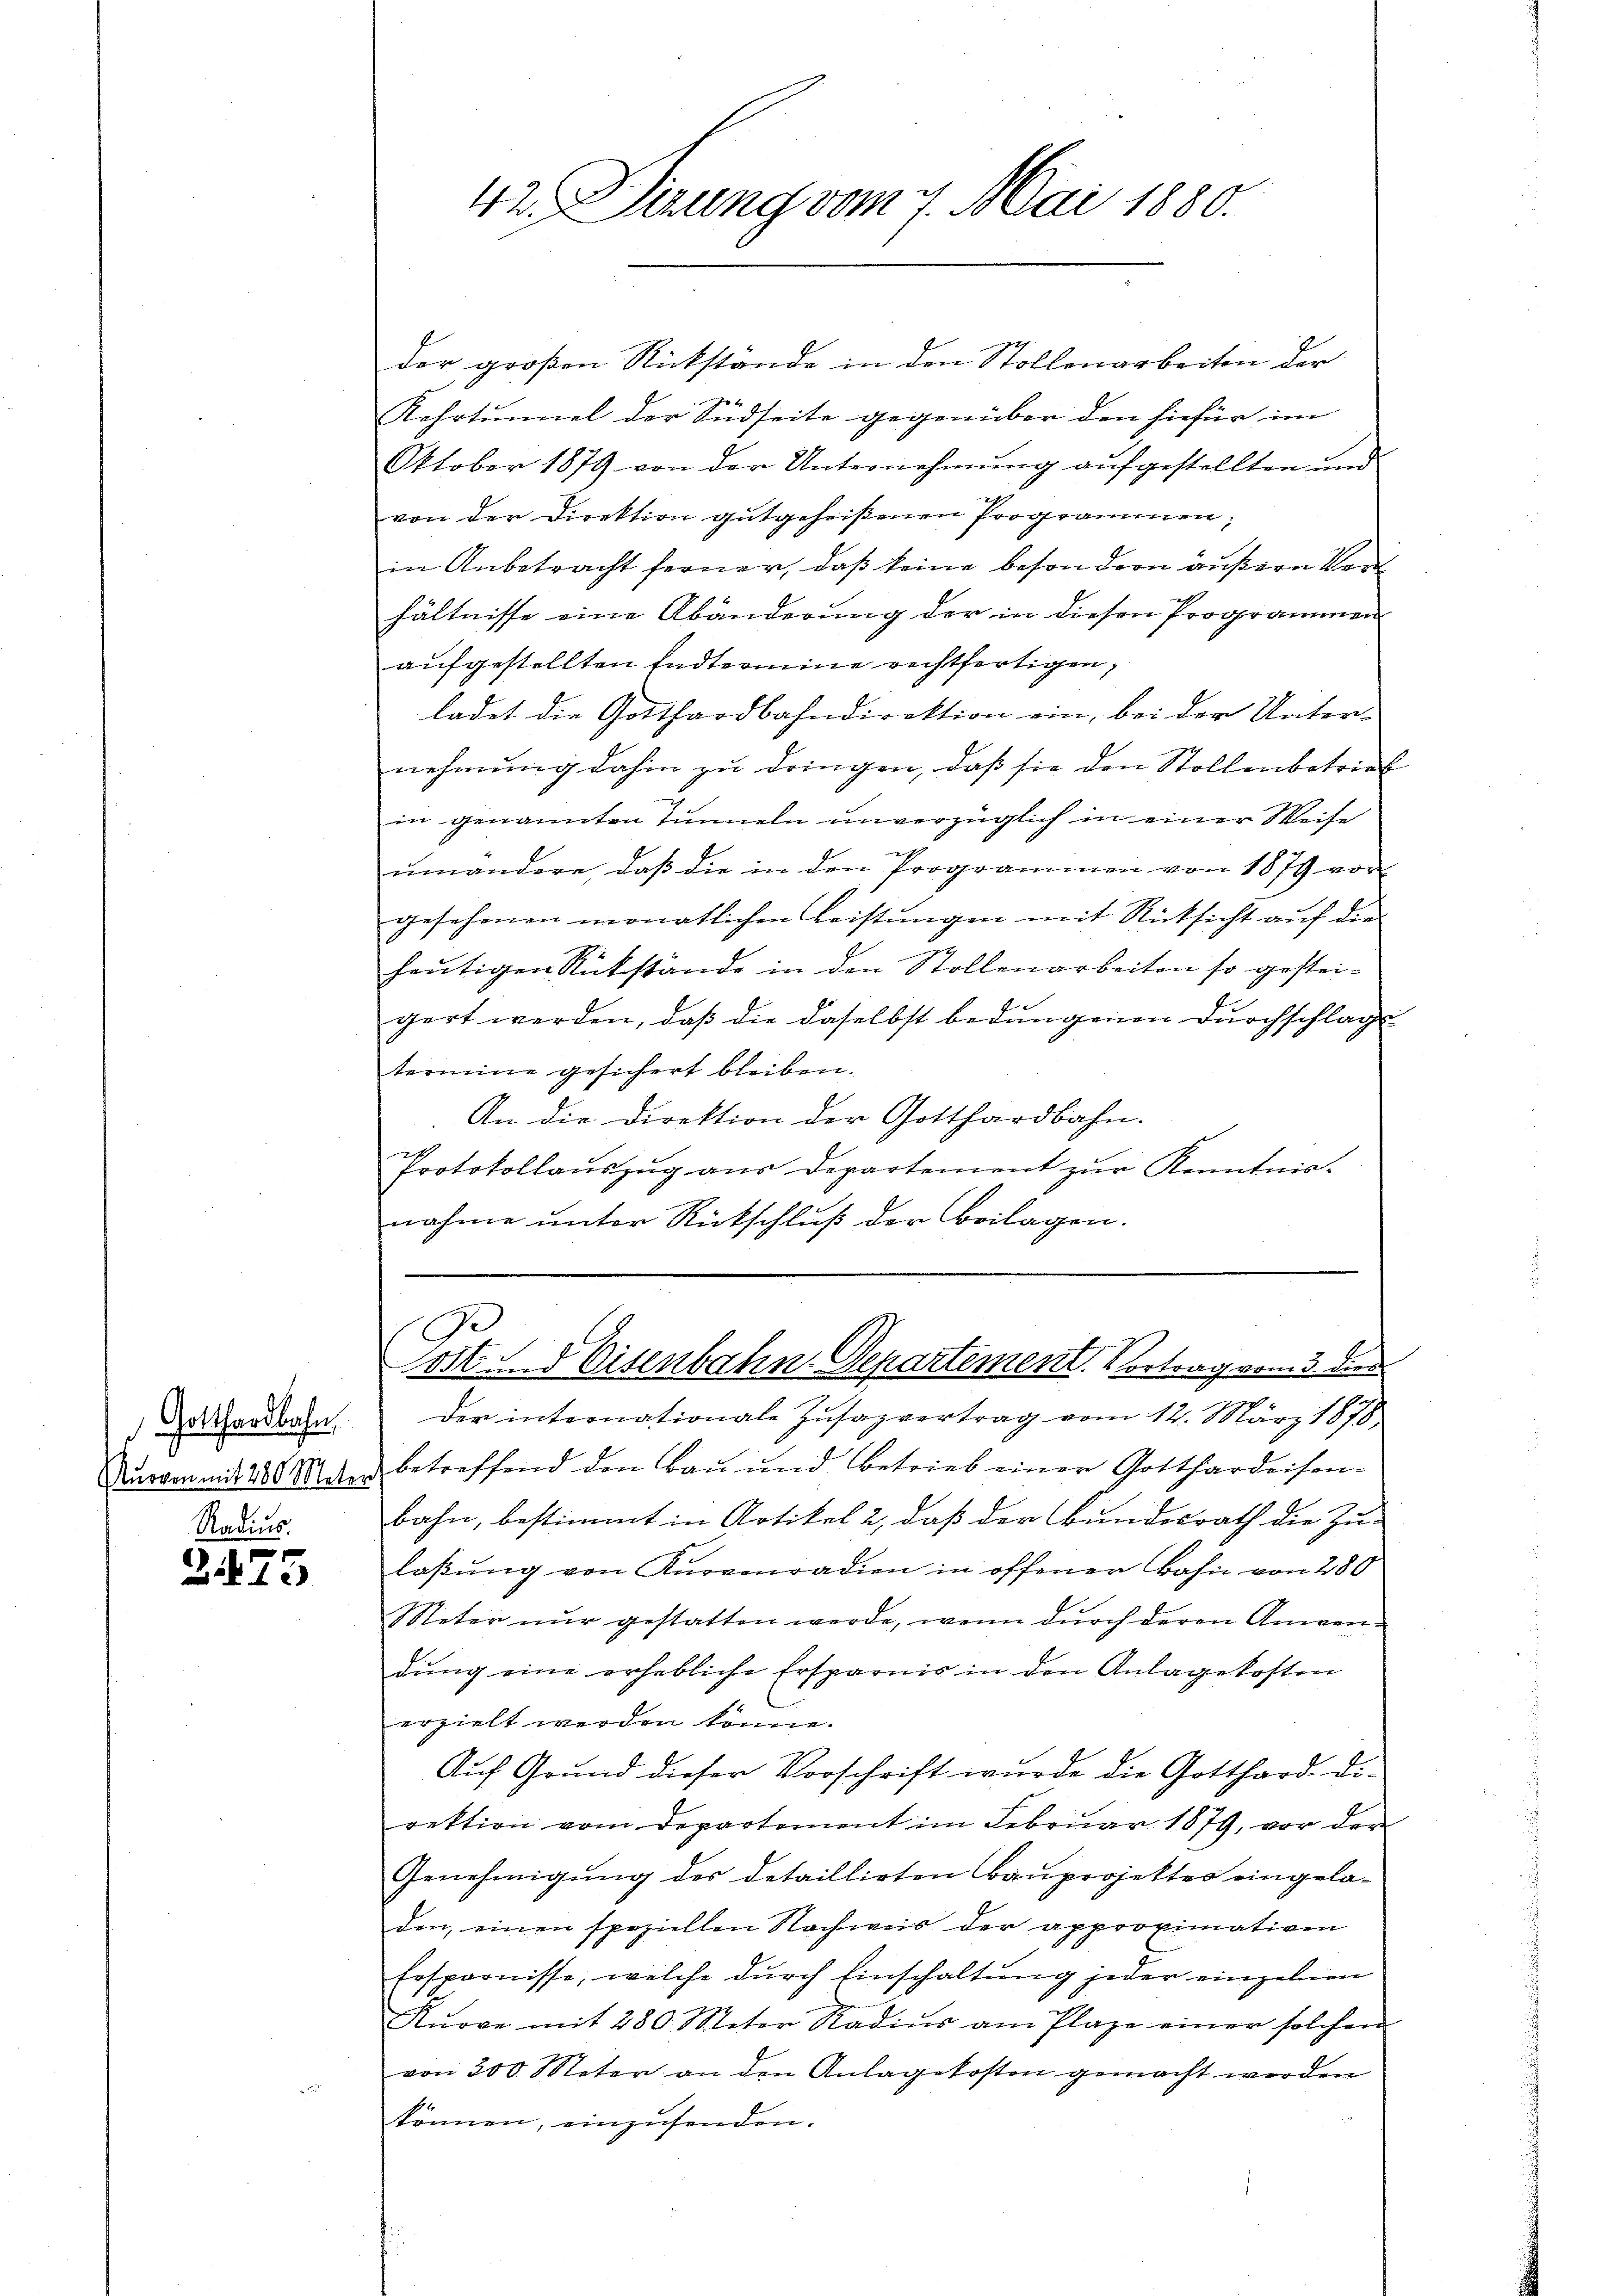
Gotthardbahn
Radius.

s
213

der großen Rückstände in den Stollenarbeiten der
6
Kehrtennel der Indseite gegenüber den hiefür im
Oktober 1879 von der Unternehmung aufgestellten und
von der Direktion gutgeheißenen Programmen,
in Anbetracht ferner, daß keine besondern äußern Verhältnisse eine Abänderung der in diesen Programmen
aufgestellten Endtermine rechtfertigen,
ladet die Gotthardbahndirektion ein, bei der Unternehmung dahin zu dringen, daß sie den Stollenbetrieb
in genannten Tunneln unverzüglich in einer Weise
emandere, daß die in den Programmen von 1879 vor
gesehenen monatlichen Leistŭngen mit Rücksicht auf die
heutigen Rückstände in den Stollenarbeiten so gesteigert werden, daβ die daselbst bedungenen Durchschlag
termine gesichert bleiben.
An die Direktion der Gotthardbahn.
h
Protokollaŭszŭg aŭs Departement zŭr Kenntnis-
nahme unter Rückschluß der Beilagen.

42. Dirung vom 7. Mai 1880.

9
Post und Eisenbahn-Departement. Vortrag vom 3. Dien

der internationale Zŭsazvertrag vom 12. März 1878.
Nuram mit 280 Unter betreffend den Bau und betrieb einer Gotthardeisen-
bahn, bestimmt in Artikel 2, daß der Bundesrath die Zu-
laßung von Kurvenradien in offener Bahn von 280
Meter nur gestatten werde, wenn durch deren Anwendung eine erhebliche Ersparnis in den Anlage kosten
erzielt werden könne.
Auf Grŭnd dieser Vorschrift wurde die Gotthard die
rektion vom Departement im Februar 1879, vor der
Genehmigung der detaillirten Bauprojektes eingeladen, einen speziellen Nachweis der approximativen
Ersparnisse, welche durch Einschaltung jeder einzelnen
Kŭrve mit 280 Meter Radiŭs am Plaze einer solchen
von 300 Meter an den Anlagekosten gemacht werden
können, einzusenden.